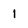
Character: I